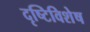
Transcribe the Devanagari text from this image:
दृष्टिविशेष